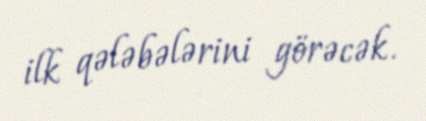
ilk qələbələrini görəcək.